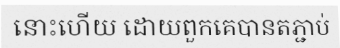
នោះហើយ ដោយពួកគេបានតភ្ជាប់